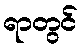
ရာတွင်